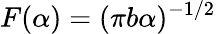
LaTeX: F(\alpha)=(\pi b\alpha)^{-1/2}